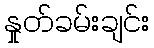
နှုတ်ခမ်းချင်း